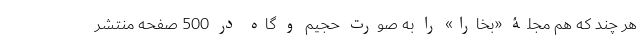
هر چند که هم مجلۀ «بخارا» را به صورت حجیم و گاه در 500 صفحه منتشر